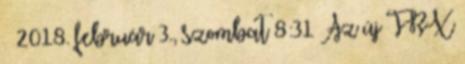
» 2018. február 3., szombat 8:31 Az új TRX